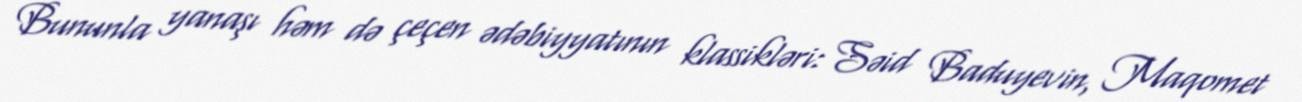
Bununla yanaşı həm də çeçen ədəbiyyatının klassikləri: Səid Baduyevin, Maqomet